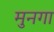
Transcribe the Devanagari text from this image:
मुनगा